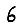
Digit: 6